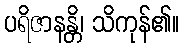
ပရိဇာနန္တိ၊ သိကုန်၏။